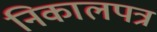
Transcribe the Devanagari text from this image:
निकालपत्र